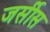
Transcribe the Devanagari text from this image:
जर्सीस